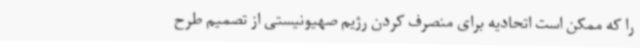
را که ممکن است اتحادیه برای منصرف کردن رژیم صهیونیستی از تصمیم طرح